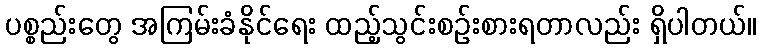
ပစ္စည်းတွေ အကြမ်းခံနိုင်ရေး ထည့်သွင်းစဉ်းစားရတာလည်း ရှိပါတယ်။